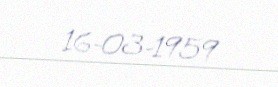
16-03-1959